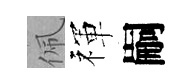
佩禈嗣